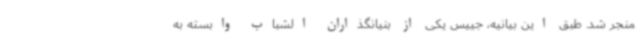
منجر شد. طبق این بیانیه، جییس یکی از بنیانگذاران الشباب وابسته به